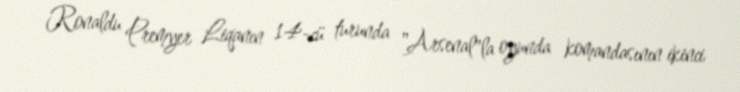
Ronaldu Premyer Liqanın 14-cü turunda "Arsenal"la oyunda komandasının ikinci